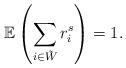
LaTeX: \begin{align*}\mathbb{E}\left(\sum_{i\in\tilde{W}}r_{i}^{s}\right)=1.\end{align*}